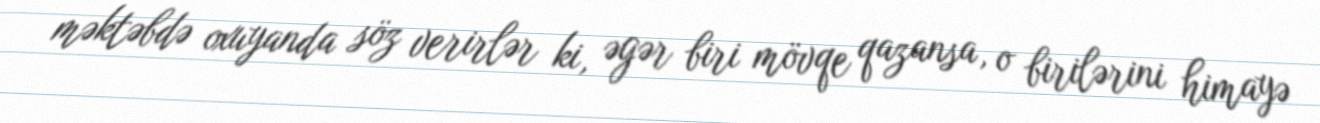
məktəbdə oxuyanda söz verirlər ki, əgər biri mövqe qazansa, o birilərini himayə